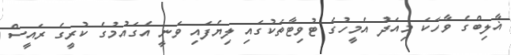
ޣާލިބްގެ ވާހަކަ މިއަދު އެމީހުގެ ޓުވިޓާތަކުގައި ލިޔެފައި ވަނީ އެގައުމުގެ ކުރީގެ ރައީސް